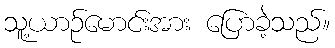
သူ့ယာဉ်မောင်းအား ပြောခဲ့သည်။